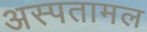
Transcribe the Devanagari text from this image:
अस्पतामल